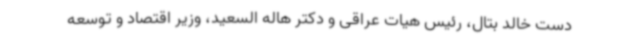
دست خالد بتال، رئیس هیات عراقی و دکتر هاله السعید، وزیر اقتصاد و توسعه